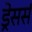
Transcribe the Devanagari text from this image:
ड्रेसर्स